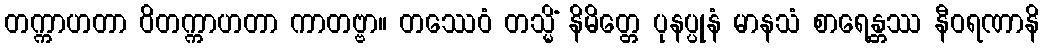
တက္ကာဟတာ ဝိတက္ကာဟတာ ကာတဗ္ဗာ။ တဿေဝံ တသ္မိံ နိမိတ္တေ ပုနပ္ပုနံ မာနသံ စာရေန္တဿ နီဝရဏာနိ